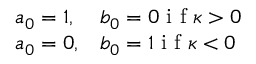
\begin{array} { l l } { a _ { 0 } = 1 , } & { b _ { 0 } = 0 \mathrm { ~ i ~ f ~ } \kappa > 0 } \\ { a _ { 0 } = 0 , } & { b _ { 0 } = 1 \mathrm { ~ i ~ f ~ } \kappa < 0 } \end{array}